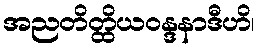
အညတိတ္ထိယဝန္ဒနာဒီဟိ၊